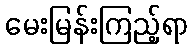
မေးမြန်းကြည့်ရာ